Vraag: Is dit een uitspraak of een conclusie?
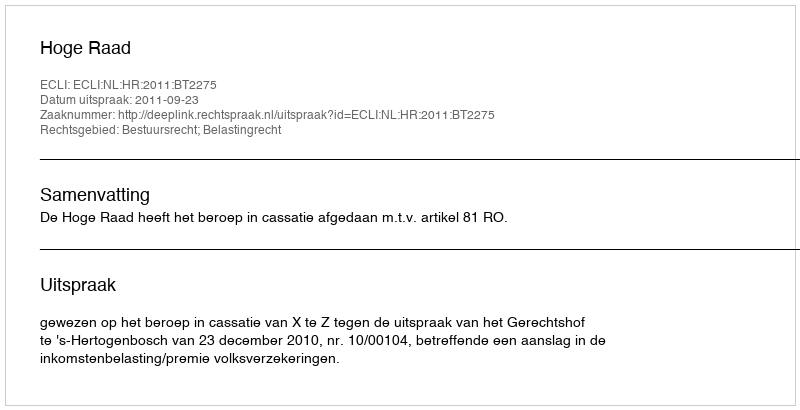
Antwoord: Uitspraak